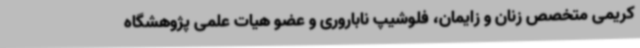
کریمی متخصص زنان و زایمان، فلوشیپ ناباروری و عضو هیات علمی پژوهشگاه